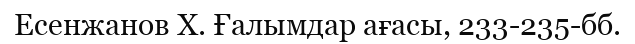
Есенжанов Х. Ғалымдар ағасы, 233-235-бб.